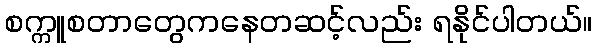
စက္ကူစတာတွေကနေတဆင့်လည်း ရနိုင်ပါတယ်။